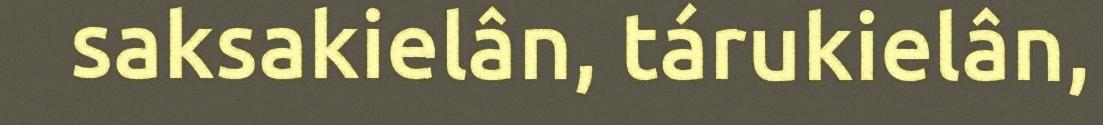
saksakielân, tárukielân,